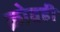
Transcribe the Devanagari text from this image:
क्रोवही